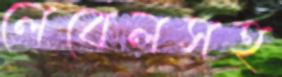
লেবেলসহ